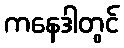
ကနေဒါတွင်